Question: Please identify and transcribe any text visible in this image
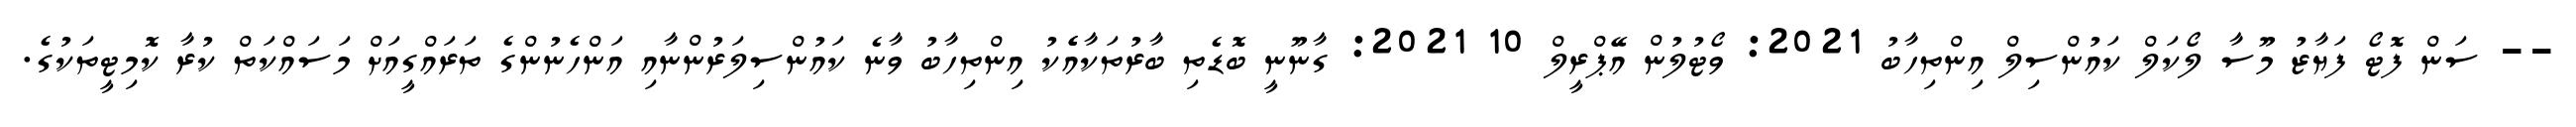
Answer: -- ސަން ފޮޓޯ ފަޔާޒު މޫސާ ލޯކަލް ކައުންސިލް އިންތިހާބު 2021: ވޯޓުލުން އޭޕްރީލް 10 2021: ގާނޫނީ ބޮޑެތި ބާރުތަކާއެެކު އިންތިހާބު ވާނެ ކައުންސިލަރުންނާއި އަންހެނުންގެ ތަރައްގީއަށް މަސައްކަތް ކުރާ ކޮމިޓީތަކުގެ.